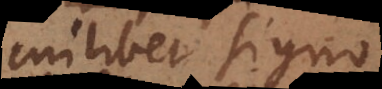
cuilibet signo